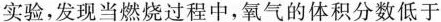
实验，发现当燃烧过程中，氧气的体积分数低于